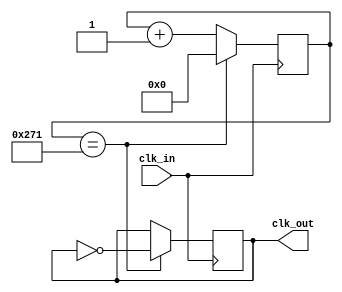
/* count = (clk_in / clk_out) */
/* Configuracin a 115200 Hz */
/* count = (12E6 Hz)/(2 * 9600 bps) = 625 */
/* SIZE = 2^10 = 2048 lo contiene */

module div625 #(
  parameter SIZE=10,
  parameter LIMIT=10'd625
)(
  input clk_in,
  output reg clk_out = 0
);

reg [SIZE-1:0] count = 0;

always@(posedge clk_in)
begin
  if(count == LIMIT)
  begin
    count <= 0;
    clk_out <= ~clk_out;
  end
  else
  begin
    count <= count + 1'd1;
  end
end
endmodule